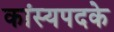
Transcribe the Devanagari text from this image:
कांस्यपदके